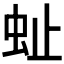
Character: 𧉀